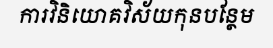
ការវិនិយោគវិស័យកុនបន្ថែម